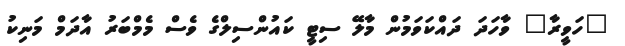
"ހަވީރާ" ވާހަދަ ދައްކަވަމުން މާލޭ ސިޓީ ކައުންސިލްގެ ވެސް މެމްބަރު އާދަމް މަނިކު